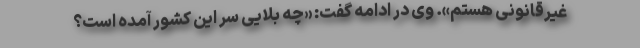
غیرقانونی هستم». وی در ادامه گفت: «چه بلایی سر این کشور آمده است؟